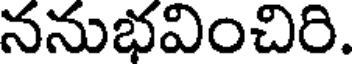
ననుభవించిరి.